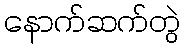
နောက်ဆက်တွဲ